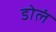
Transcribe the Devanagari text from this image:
डोलं